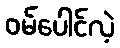
ဝမ်ပေါင်လဲ့